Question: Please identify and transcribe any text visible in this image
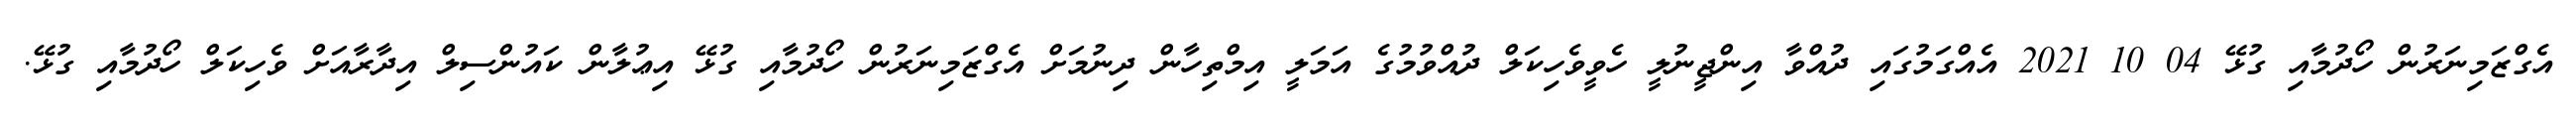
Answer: އެގްޒަމިނަރުން ހޯދުމާއި ގުޅޭ 04 10 2021 އެއްގަމުގައި ދުއްވާ އިންޖީނުލީ ހެވީވެހިކަލް ދުއްވުމުގެ އަމަލީ އިމްތިހާން ދިނުމަށް އެގްޒަމިނަރުން ހޯދުމާއި ގުޅޭ އިޢުލާން ކައުންސިލް އިދާރާއަށް ވެހިކަލް ހޯދުމާއި ގުޅޭ.